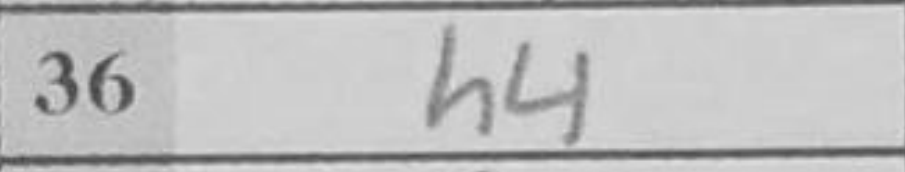
Transcription: h4